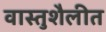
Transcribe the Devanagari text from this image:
वास्तुशैलीत